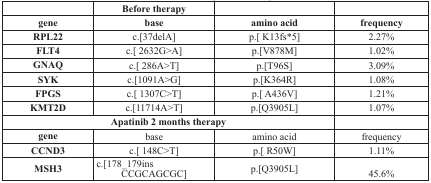
|  | Before therapy |  |  |
 | gene | base | amino acid | frequency |
 | --- | --- | --- | --- |
 | RPL22 | c.[37delA] | p.[K13fs*5] | 2.27% |
 | FLT4 | c.[2632G>A] | p.[V878M] | 1.02% |
 | GNAQ | c.[286A>T] | p.[T96S] | 3.09% |
 | SYK | c.[1091A>G] | p.[K364R] | 1.08% |
 | FPGS | c.[1307C>T] | p.[A436V] | 1.21% |
 | KMT2D | c.[11714A>T] | p.[Q3905L] | 1.07% |
 | <COLSPAN=3> Apatinib 2 months therapy |  |
 | gene | base | amino acid | frequency |
 | CCND3 | c.[48C>T] | p.[R50W] | 1.11% |
 | MSH3 | c.[178_179ins CCGCAGCGC] | p.[Q3905L] | 45.6% |